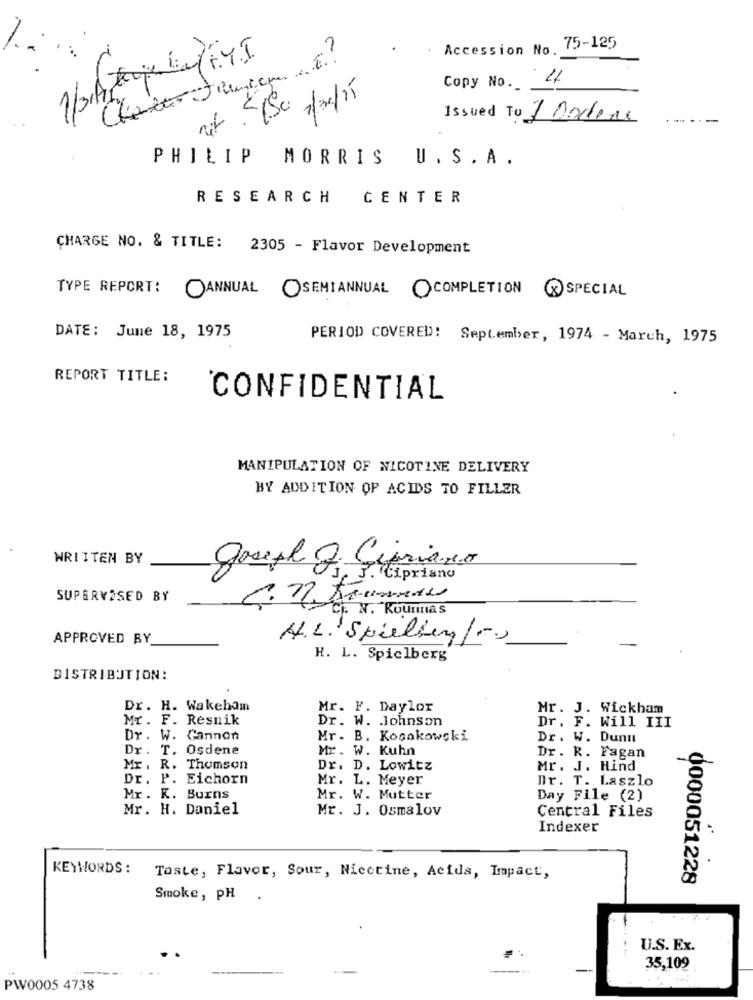
Accession No. 75-125
Chantes Jeunicu. E.
Copy No. 22
7/08/15
.
Issued To 7 Bodens
72
PHILIP MORRIS
U . S . A.
RESEARCH CENTER
CHARGE NO. & TITLE: 2305 - Flavor Development
TYPE REPORT:
ANNUAL OSEMIANNUAL OCOMPLETION (X)SPECIAL
DATE: June 18, 1975
PERIOD COVERED: September, 1974 - March, 1975
REPORT TITLE:
CONFIDENTIAL
MANIPULATION OF NICOTINE DELIVERY
BY ADDITION OF ACIDS TO FILLER
WRITTEN BY
Joseph S. Cipriano
S. Cipriano
SUPERVISED BY
C. N. Kournas
APPROVED BY
H.L. Spielten/-
H. L. Spielberg
DISTRIBUTION:
Dr. H. Wakeham
Mr. F. Daylor
Mr. J. Wickham
Mr. F. Resnik
Dr. W. Johnson
Dr. F. Will III
Dr. W. Gannon
Mr. B. Kocakowski
Dr. W. Dunn
Dr. T. Osdene
Mr. W. Kuhn
Dr. R. Fagan
Mr. R. Thomson
Dr. D. Lowitz
Mr. J. Hind
Dr. P. Eichorn
Mr. L. Meyer
Dr. T. Laszlo
Mr. K. Burns
Mr. W. Mutter
Day File (2)
Mr. H. Daniel
Mr. J. Osmalov
Central Files
Indexer
KEYWORDS :
Taste, Flavor, Sour, Nicctine, Acids, Impact,
0000051228
Smoke, PH
U.S. Ex.
35,109
PW0005 4738